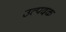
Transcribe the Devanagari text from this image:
उत्पदक